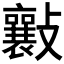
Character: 𣀮